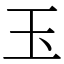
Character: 玉